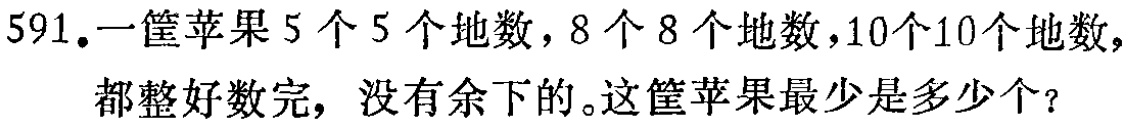
591.一筐苹果5个5个地数，8个8个地数，10个10个地数，都正好数完，没有余下的。这筐苹果最少是多少个？